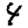
Digit: 4